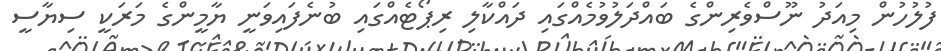
ފުލުހުން މިއަދު ނޫސްވެރިންގެ ބައްދަލުވުމެއްގައި ދައްކާލި ރިޕޯޓެއްގައި ބުނެފައިވަނީ ޔާމީންގެ މަރަކީ ސިޔާސީ